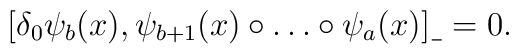
[ \delta_0\psi_b(x), \psi_{b+1}(x)\circ\dots\circ\psi_{a}(x) ]_{\_} = 0 .